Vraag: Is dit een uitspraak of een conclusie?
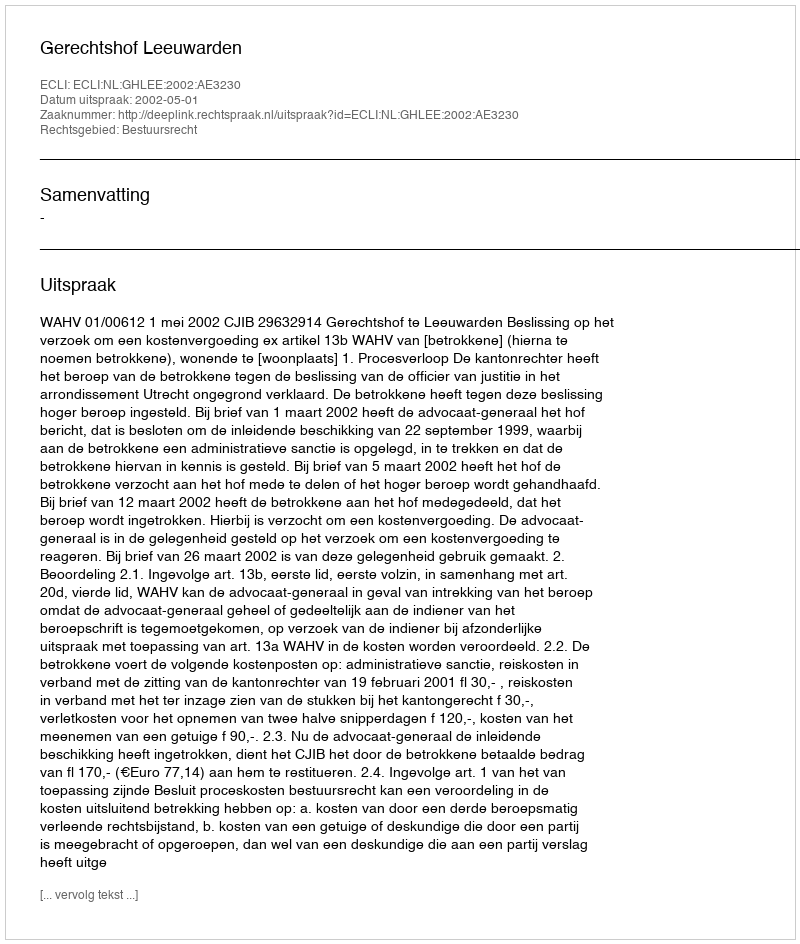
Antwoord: Uitspraak